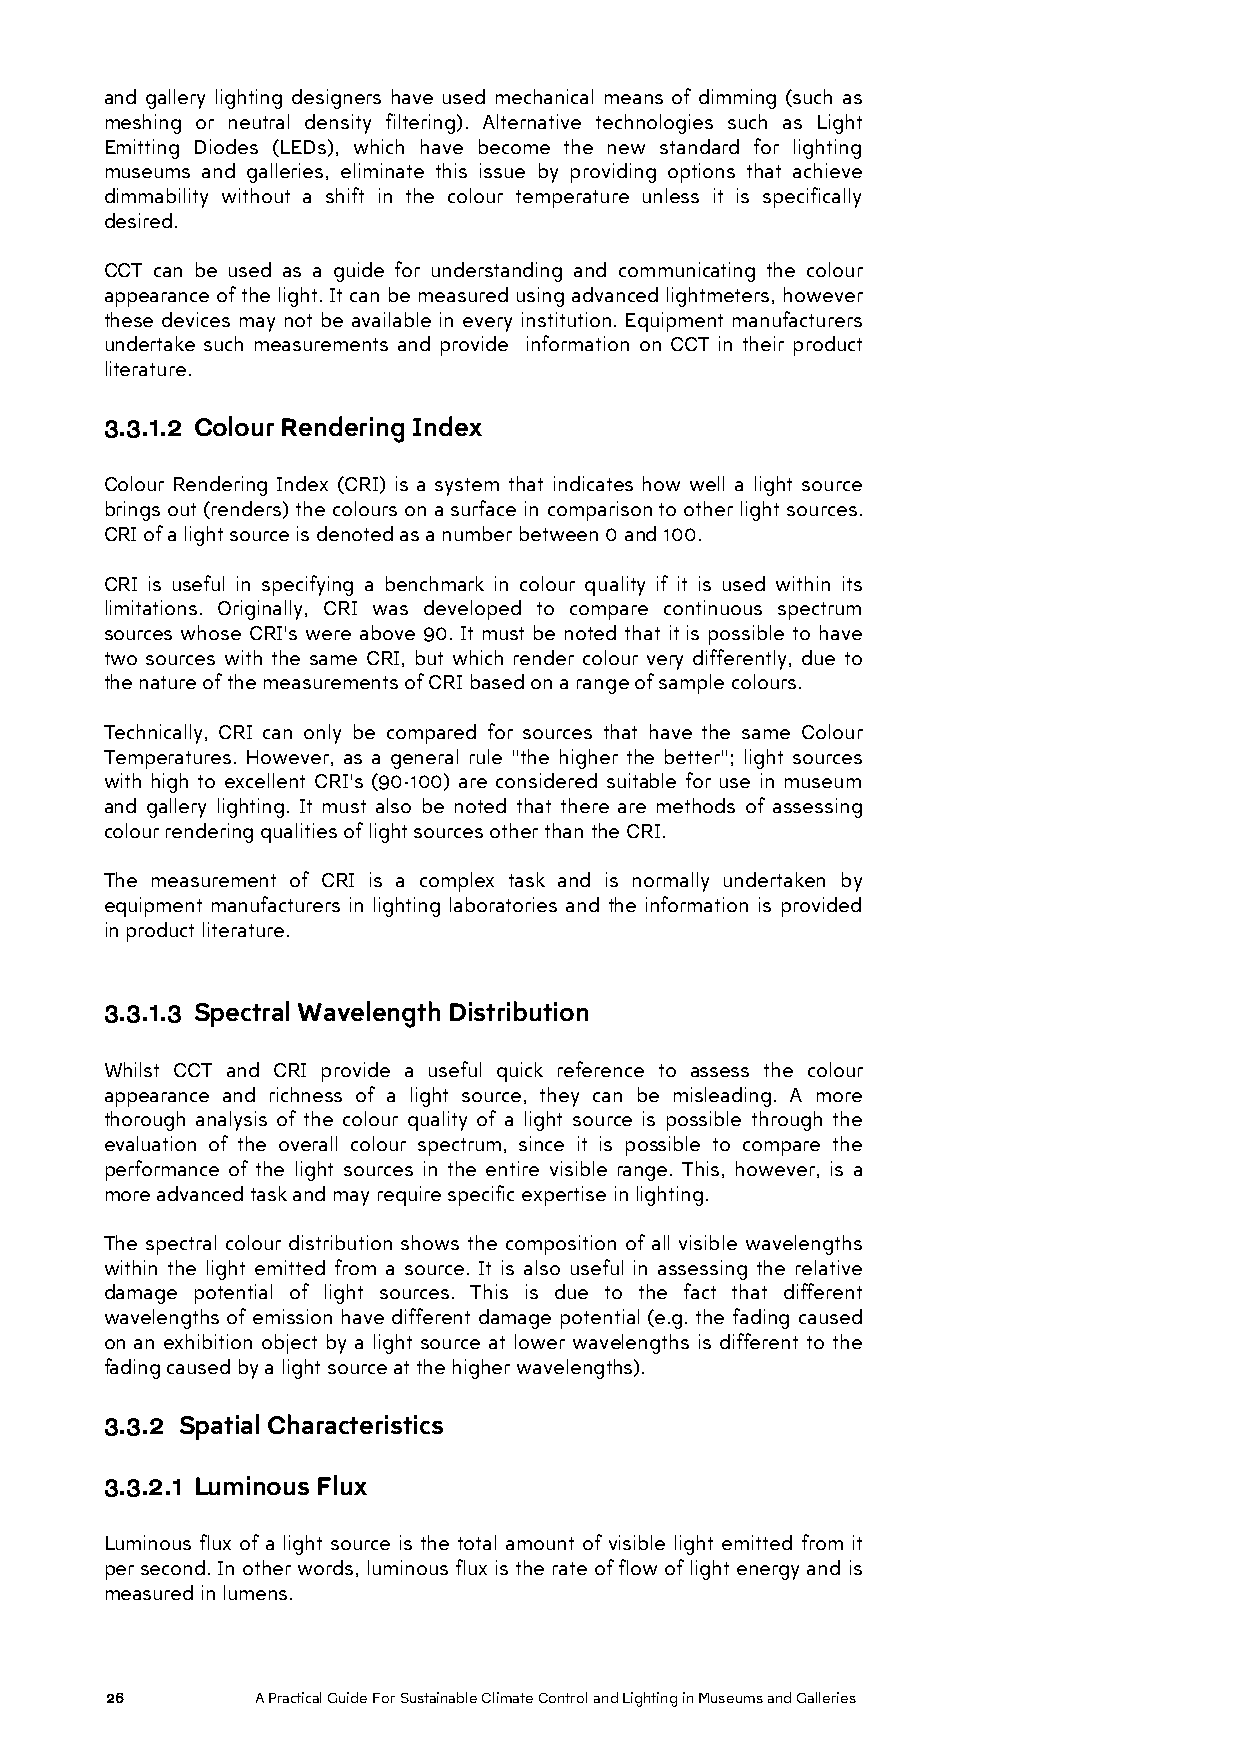
and gallery lighting designers have used mechanical means of dimming (such as
 meshing or neutral density filtering). Alternative technologies such as Light
 Emitting Diodes (LEDs), which have become the new standard for lighting
 museums and galleries, eliminate this issue by providing options that achieve
 dimmability without a shift in the colour temperature unless it is specifically
 desired.
 CCT can be used as a guide for understanding and communicating the colour
 appearance of the light. It can be measured using advanced lightmeters, however
 these devices may not be available in every institution. Equipment manufacturers
 undertake such measurements and provide information on CCT in their product
 literature.
 3.3.1.2 Colour Rendering Index
 Colour Rendering Index (CRI) is a system that indicates how well a light source
 brings out (renders) the colours on a surface in comparison to other light sources.
 CRI of a light source is denoted as a number between 0 and 100.
 CRI is useful in specifying a benchmark in colour quality if it is used within its
 limitations. Originally, CRI was developed to compare continuous spectrum
 sources whose CRI's were above 90. It must be noted that it is possible to have
 two sources with the same CRI, but which render colour very differently, due to
 the nature of the measurements of CRI based on a range of sample colours.
 Technically, CRI can only be compared for sources that have the same Colour
 Temperatures. However, as a general rule "the higher the better"; light sources
 with high to excellent CRI's (90-100) are considered suitable for use in museum
 and gallery lighting. It must also be noted that there are methods of assessing
 colour rendering qualities of light sources other than the CRI.
 The measurement of CRI is a complex task and is normally undertaken by
 equipment manufacturers in lighting laboratories and the information is provided
 in product literature.
 3.3.1.3 Spectral Wavelength Distribution
 Whilst CCT and CRI provide a useful quick reference to assess the colour
 appearance and richness of a light source, they can be misleading. A more
 thorough analysis of the colour quality of a light source is possible through the
 evaluation of the overall colour spectrum, since it is possible to compare the
 performance of the light sources in the entire visible range. This, however, is a
 more advanced task and may require specific expertise in lighting.
 The spectral colour distribution shows the composition of all visible wavelengths
 within the light emitted from a source. It is also useful in assessing the relative
 damage potential of light sources. This is due to the fact that different
 wavelengths of emission have different damage potential (e.g. the fading caused
 on an exhibition object by a light source at lower wavelengths is different to the
 fading caused by a light source at the higher wavelengths).
 3.3.2 Spatial Characteristics
 3.3.2.1 Luminous Flux
 Luminous flux of a light source is the total amount of visible light emitted from it
 per second. In other words, luminous flux is the rate of flow of light energy and is
 measured in lumens.
 26        A Practical Guide For Sustainable Climate Control and Lighting in Museums and Galleries